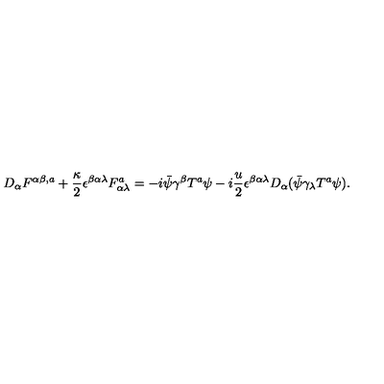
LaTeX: D _ { \alpha } { F } ^ { \alpha \beta , a } + \frac { \kappa } { 2 } \epsilon ^ { \beta \alpha \lambda } { F } _ { \alpha \lambda } ^ { a } = - i \bar { \psi } \gamma ^ { \beta } { T } ^ { a } \psi - i \frac { u } { 2 } \epsilon ^ { \beta \alpha \lambda } D _ { \alpha } ( \bar { \psi } \gamma _ { \lambda } { T } ^ { a } \psi ) .